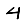
Digit: 4